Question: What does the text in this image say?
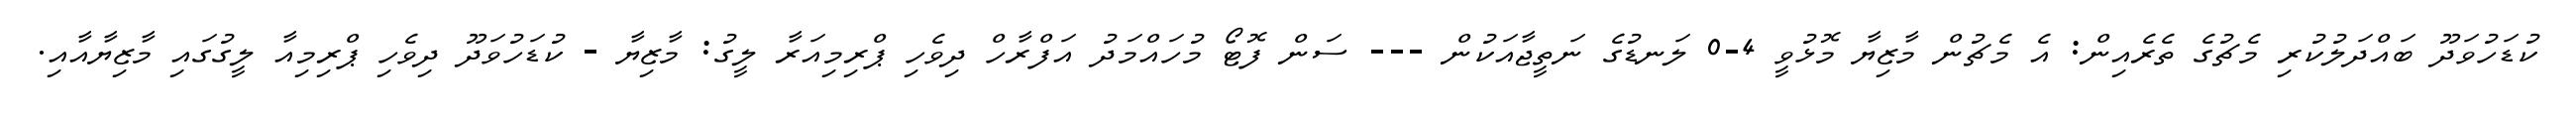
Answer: ކުޑަހުވަދޫ ބައްދަލުކުރި މެޗުގެ ތެރެއިން: އެ މެޗުން މާޒިޔާ މޮޅުވީ 4-0 ލަނޑުގެ ނަތީޖާއަކުން --- ސަން ފޮޓޯ މުހައްމަދު އަފްރާހް ދިވެހި ޕްރިމިއަރާ ލީގު: މާޒިޔާ - ކުޑަހުވަދޫ ދިވެހި ޕްރިމިއާ ލީގުގައި މާޒިޔާއާއި.